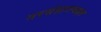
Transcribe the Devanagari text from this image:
नरसंहाराबद्दल